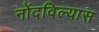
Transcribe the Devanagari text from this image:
नोंदविल्यास